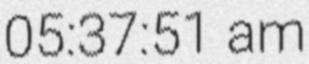
05:37:51 am